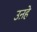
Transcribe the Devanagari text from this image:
उऩहे